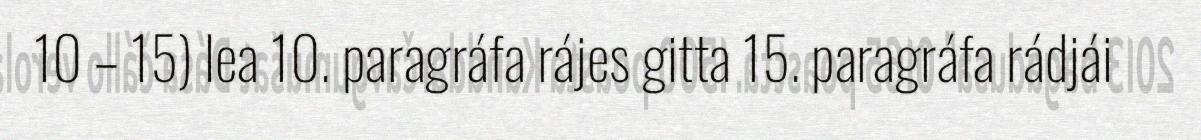
10 – 15) lea 10. paragráfa rájes gitta 15. paragráfa rádjái